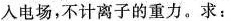
入电场，不计离子的重力。求：